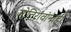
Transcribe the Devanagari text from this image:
जोतिरावांनाही